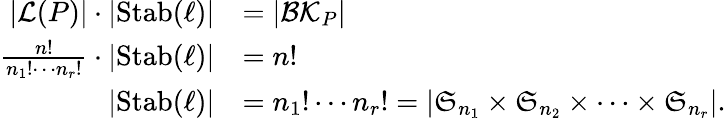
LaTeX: \begin{array}{rl}{|{\mathcal{L}}(P)|\cdot|{\operatorname{Stab}}(\ell)|}&{=|\mathcal{BK}_{P}|}\\ {\frac{n!}{n_{1}!\cdots n_{r}!}\cdot|{\operatorname{Stab}}(\ell)|}&{=n!}\\ {|{\operatorname{Stab}}(\ell)|}&{=n_{1}!\cdots n_{r}!=|{\mathfrak{S}}_{n_{1}}\times{\mathfrak{S}}_{n_{2}}\times\dots\times{\mathfrak{S}}_{n_{r}}|.}\end{array}